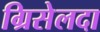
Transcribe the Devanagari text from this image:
ग्रिसेलदा